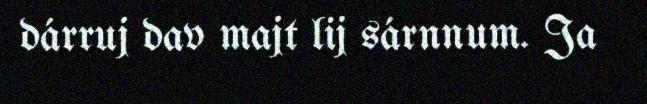
dárruj dav majt lij sárnnum. Ja